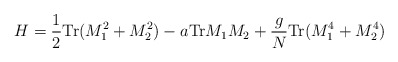
\begin{align*}H = {1\over 2} {\rm Tr} (M_{1}^{2} + M_{2}^{2}) - a {\rm Tr} M_{1}M_{2} + {g\over N} {\rm Tr} (M_{1}^{4} + M_{2}^{4})\end{align*}